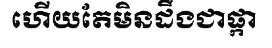
ហើយតែមិនដឹងជាផ្កា